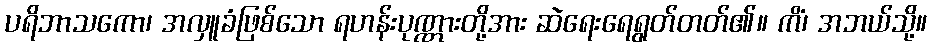
ပရိဘာသကော၊ အလှူခံဖြစ်သော ရဟန်းပုဏ္ဏားတို့အား ဆဲရေးရေရွတ်တတ်၏။ ကိံ၊ အဘယ်သို့။